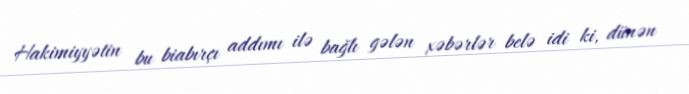
Hakimiyyətin bu biabırçı addımı ilə bağlı gələn xəbərlər belə idi ki, dünən